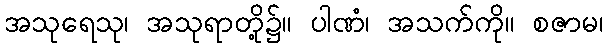
အသုရေသု၊ အသုရာတို့၌။ ပါဏံ၊ အသက်ကို။ စဇာမ၊